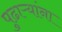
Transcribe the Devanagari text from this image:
पुढाऱ्यांना